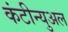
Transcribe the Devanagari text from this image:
कंटीन्युअल